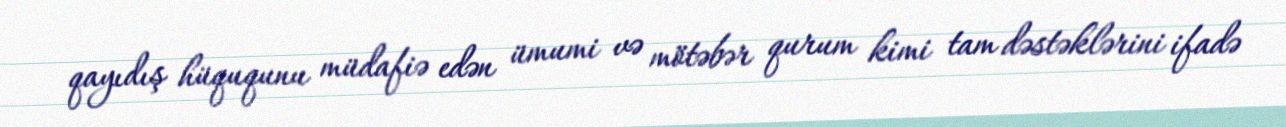
qayıdış hüququnu müdafiə edən ümumi və mötəbər qurum kimi tam dəstəklərini ifadə